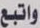
واتبع